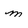
Character: m